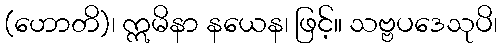
(ဟောတိ)၊ ဣမိနာ နယေန၊ ဖြင့်။ သဗ္ဗပဒေသုပိ၊